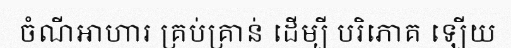
ចំណីអាហារ គ្រប់គ្រាន់ ដើម្បី បរិភោគ ឡើយ